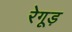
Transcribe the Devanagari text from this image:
रेगूड़